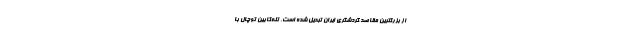
از بزرگترین مقاصد گردشگری ایران تبدیل شده است. تله‌کابین توچال با